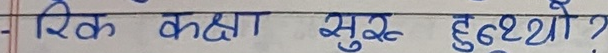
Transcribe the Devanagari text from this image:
रिक कक्षा सुरु हुन्थ्यो?